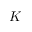
K